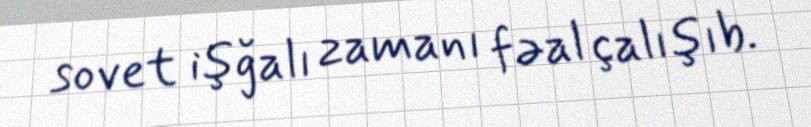
sovet işğalı zamanı fəal çalışıb.